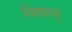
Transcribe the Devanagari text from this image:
विद्याम्